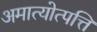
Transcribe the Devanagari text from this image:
अमात्योत्पत्ति